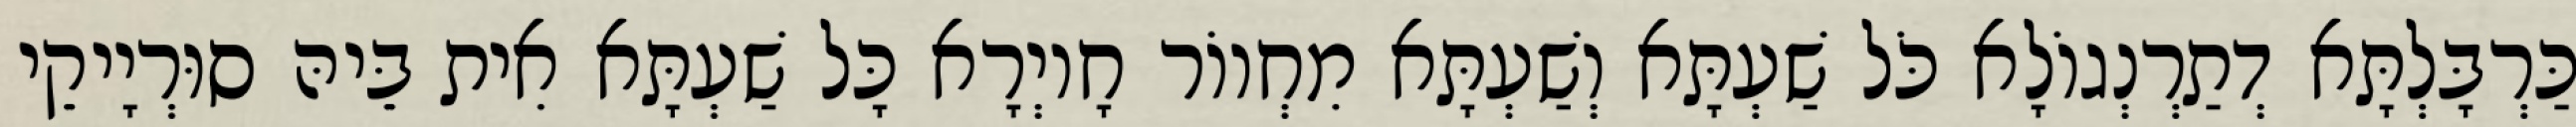
כַּרְבָּלְתָּא דְתַרְנְגוֹלָא כֹּל שַׁעְתָּא וְשַׁעְתָּא מִחְווֹר חָיוְרָא כָּל שַׁעְתָּא אִית בֵּיהּ סוּרְיָיקֵי